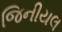
જિનીયલ